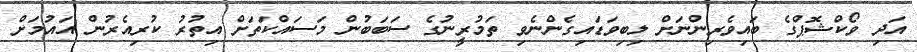
އަދި ވޯކްޝޮޕްގެ ބައިވެރިންނަށް ލިބިވަޑައިގެންނެވި ތަމުރީނުގެ ސަބަބުން މަސައްކަތަށް އިތުރު ކުރިއެރުން އައުމަށް